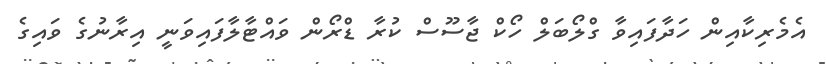
އެމެރިކާއިން ހަދާފައިވާ ގްލޯބަލް ހޯކް ޖާސޫސް ކުރާ ޑްރޯން ވައްޓާލާފައިވަނީ އިރާނުގެ ވައިގެ